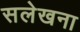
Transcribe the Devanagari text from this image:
सलेखना